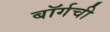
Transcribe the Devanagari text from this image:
बॉर्गची